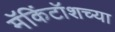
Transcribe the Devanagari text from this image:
मॅकिंटॉशच्या